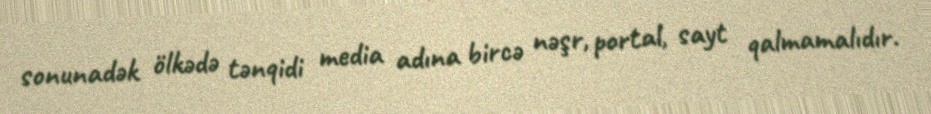
sonunadək ölkədə tənqidi media adına bircə nəşr, portal, sayt qalmamalıdır.